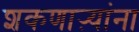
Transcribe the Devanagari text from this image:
शकणाऱ्यांना